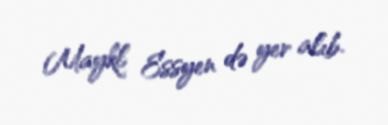
Maykl Essyen də yer alıb.